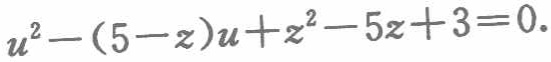
\(u^{2}-(5 - z)u+z^{2}-5z + 3 = 0.\)